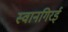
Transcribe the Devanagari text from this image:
स्वानगिरई